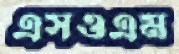
এসওএম